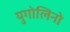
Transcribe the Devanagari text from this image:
युगोलिनो